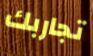
تجاربك